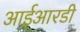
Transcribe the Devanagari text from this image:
आईआरडी